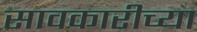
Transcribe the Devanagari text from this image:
सावकारीच्या